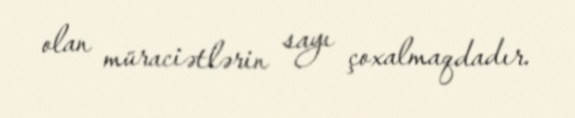
olan müraciətlərin sayı çoxalmaqdadır.